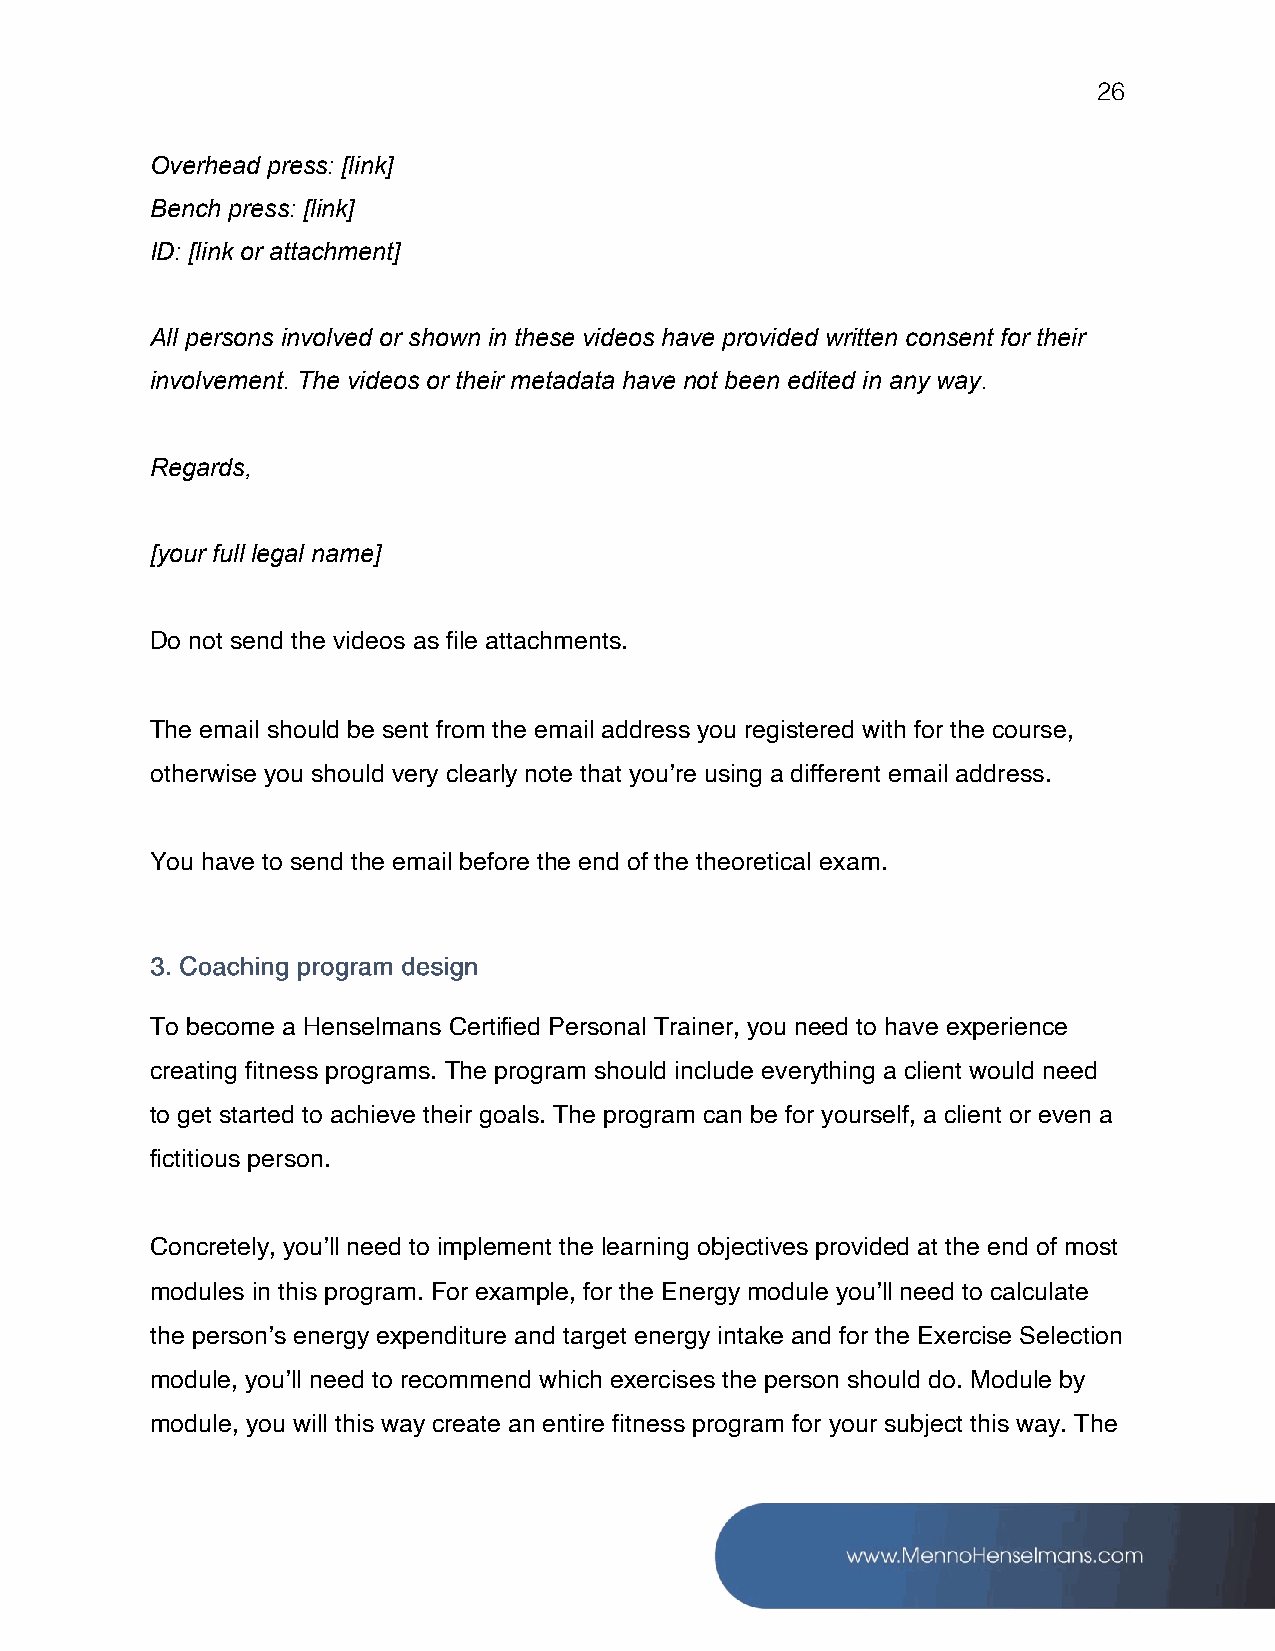
26
 Overhead press: [link]
 Bench press: [link]
 ID: [link or attachment]
 All persons involved or shown in these videos have provided written consent for their
 involvement. The videos or their metadata have not been edited in any way.
 Regards,
 [your full legal name]
 Do not send the videos as file attachments.
 The email should be sent from the email address you registered with for the course,
 otherwise you should very clearly note that you’re using a different email address.
 You have to send the email before the end of the theoretical exam.
 To become a Henselmans Certified Personal Trainer, you need to have experience
 creating fitness programs. The program should include everything a client would need
 to get started to achieve their goals. The program can be for yourself, a client or even a
 fictitious person.
 Concretely, you’ll need to implement the learning objectives provided at the end of most
 modules in this program. For example, for the Energy module you’ll need to calculate
 the person’s energy expenditure and target energy intake and for the Exercise Selection
 module, you’ll need to recommend which exercises the person should do. Module by
 module, you will this way create an entire fitness program for your subject this way. The